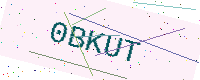
Text: 0BKUT